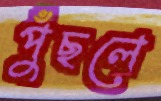
পুঁছলে